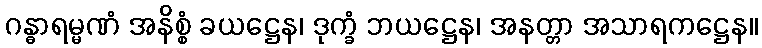
ဂန္ဓာရမ္မဏံ အနိစ္စံ ခယဋ္ဌေန၊ ဒုက္ခံ ဘယဋ္ဌေန၊ အနတ္တာ အသာရကဋ္ဌေန။